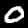
Label: 0